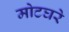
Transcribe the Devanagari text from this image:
मोटघरे